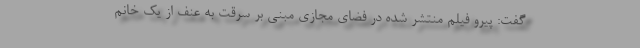
گفت: پیرو فیلم منتشر شده در فضای مجازی مبنی بر سرقت به عنف از یک خانم